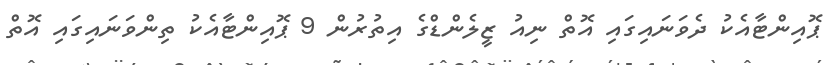
ޕޮއިންޓާއެކު ދެވަނައިގައި އޮތް ނިއު ޒީލެންޑްގެ އިތުރުން 9 ޕޮއިންޓާއެކު ތިންވަނައިގައި އޮތް